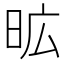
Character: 昿